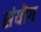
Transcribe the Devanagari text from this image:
संयॊग